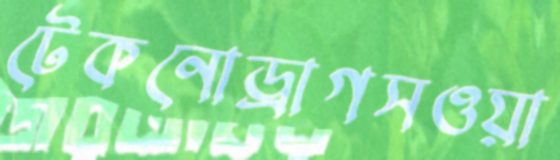
টেকনোড্রাগসওয়া